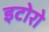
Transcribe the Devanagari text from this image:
इटोरो